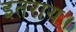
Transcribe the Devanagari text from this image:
इतराय।